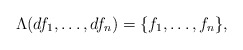
\begin{align*} \Lambda(df_1,\ldots,df_n)=\{f_1,\ldots,f_n\},\end{align*}